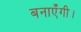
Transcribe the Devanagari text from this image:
बनाएँगी।